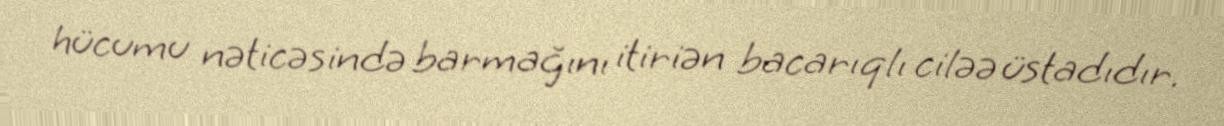
hücumu nəticəsində barmağını itiriən bacarıqlı ciləə üstadıdır.